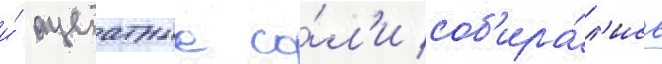
и́ ацетатные со́л'и соб'ира́л'ись